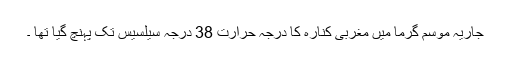
جاریہ موسم گرما میں مغربی کنارہ کا درجہ حرارت 38 درجہ سیلسیس تک پہنچ گیا تھا ۔